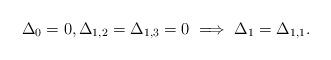
LaTeX: \begin{align*}\Delta_{0}=0,\Delta_{1,2}=\Delta_{1,3}=0\implies\Delta_{1}=\Delta_{1,1}.\end{align*}